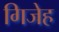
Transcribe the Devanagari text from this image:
गिजेह